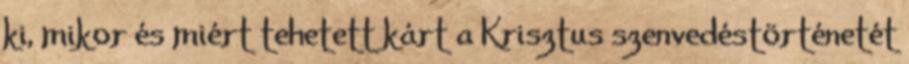
ki, mikor és miért tehetett kárt a Krisztus szenvedéstörténetét